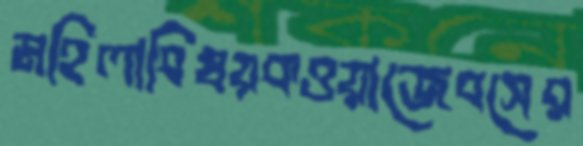
মহিলাবিষয়কওয়াজেবসের